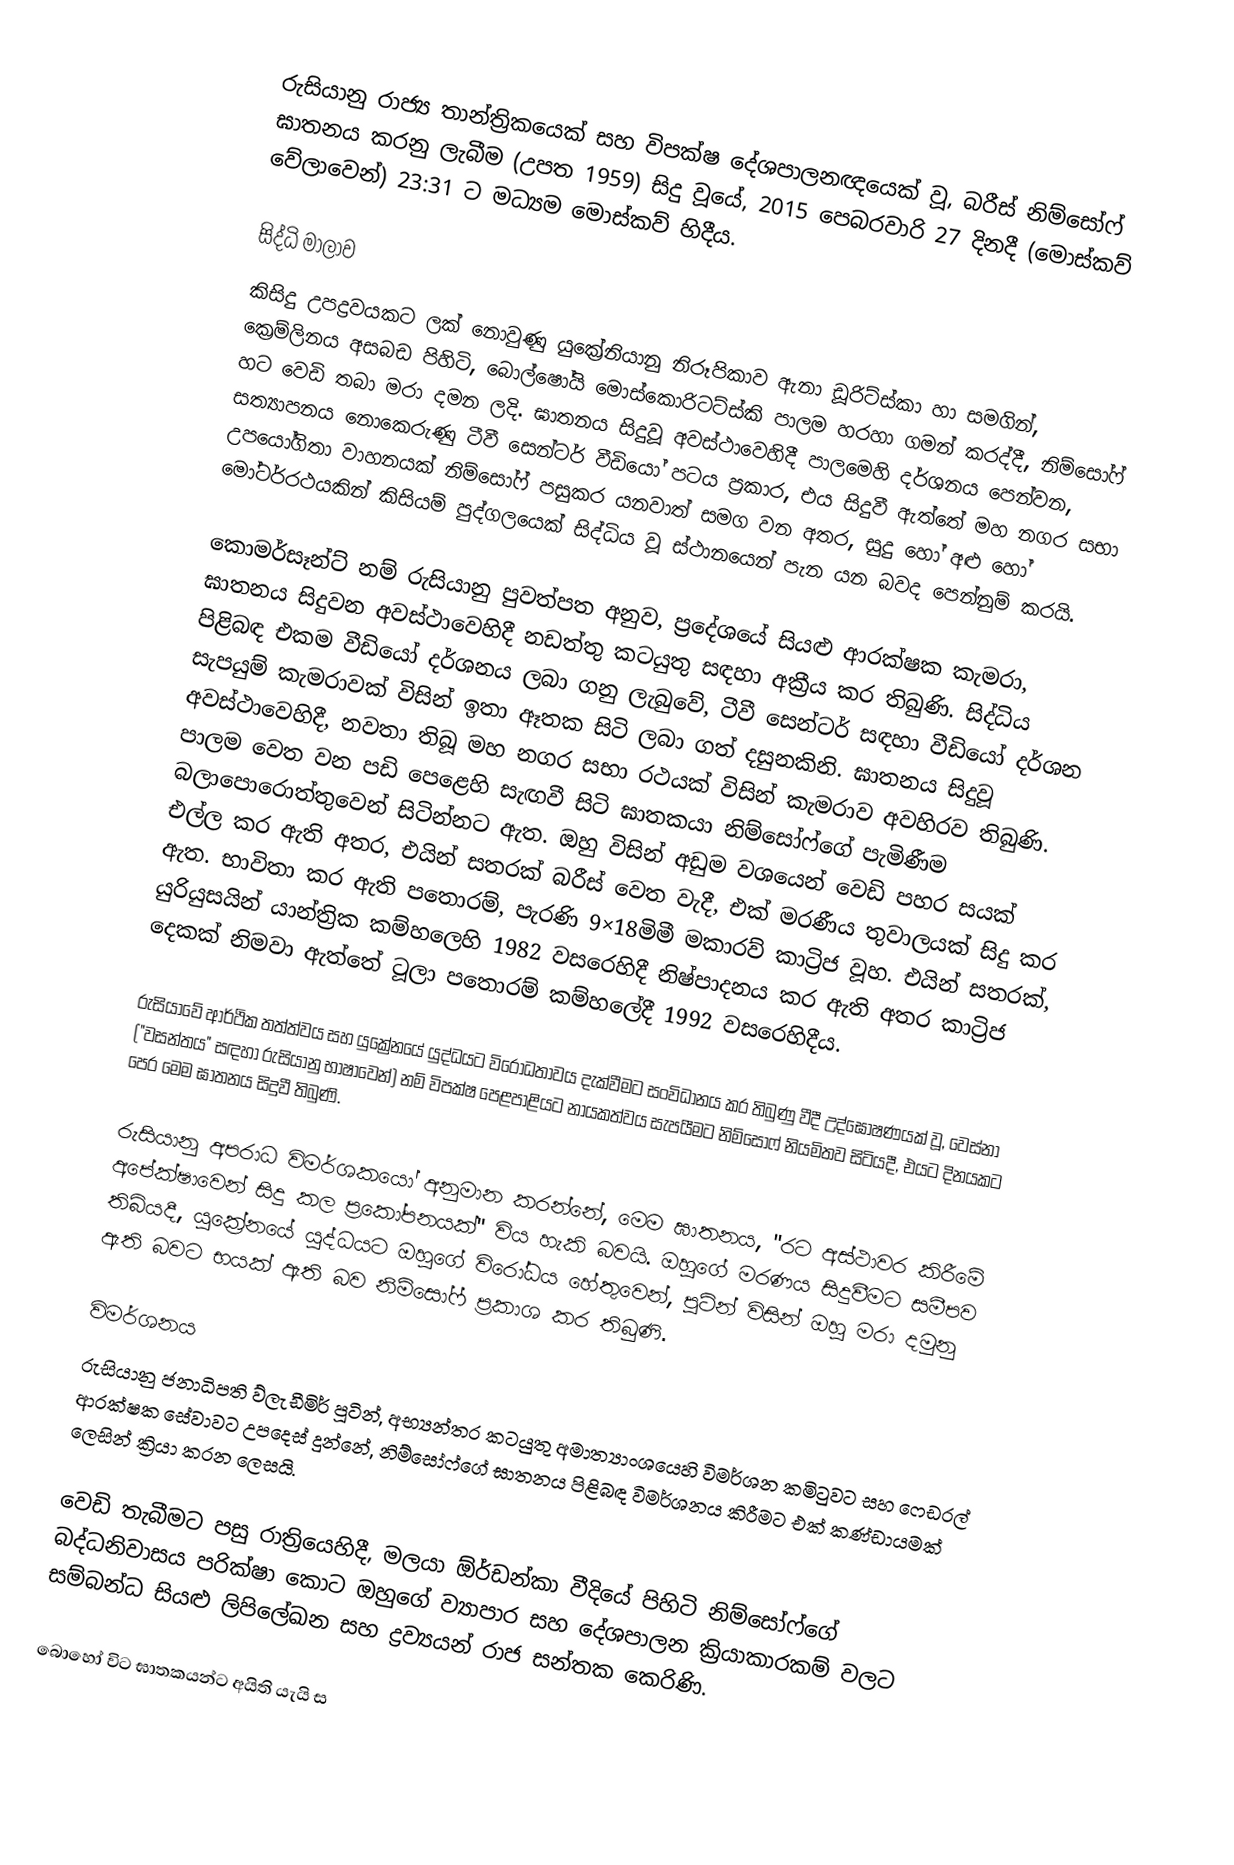
රුසියානු රාජ්‍ය තාන්ත්‍රිකයෙක් සහ විපක්ෂ දේශපාලනඥයෙක් වූ,  බරීස් නිම්සෝෆ් ඝාතනය කරනු ලැබීම  (උපත 1959) සිදු වූයේ,  2015 පෙබරවාරි 27 දිනදී (මොස්කව් වේලාවෙන්) 23:31 ට මධ්‍යම මොස්කව් හිදීය.

සිද්ධි මාලාව
කිසිදු උපද්‍රවයකට ලක් නොවුණු යුක්‍රේනියානු නිරූපිකාව ඇනා ඩූරිට්ස්කා හා සමගින්,     ක්‍රෙම්ලිනය අසබඩ පිහිටි, බොල්ෂෝයි මොස්කොරිටට්ස්කි පාලම හරහා ගමන් කරද්දී, නිම්සෝෆ්  හට වෙඩි තබා මරා දමන ලදි.  ඝාතනය සිදුවූ අවස්ථාවෙහිදී පාලමෙහි දර්ශනය පෙන්වන, සත්‍යාපනය නොකෙරුණු ටීවී සෙන්ටර් වීඩියෝ පටය ප්‍රකාර, එය සිදුවී ඇත්තේ මහ නගර සභා උපයෝගිතා වාහනයක්   නිම්සෝෆ්  පසුකර යනවාත් සමග වන අතර, සුදු හෝ අළු හෝ මෝටර්රථයකින් කිසියම් පුද්ගලයෙක් සිද්ධිය වූ ස්ථානයෙන් පැන යන බවද පෙන්නුම් කරයි.

කොමර්සෑන්ට් නම් රුසියානු පුවත්පත අනුව, ප්‍රදේශයේ සියළු ආරක්ෂක කැමරා, ඝාතනය සිදුවන අවස්ථාවෙහිදී නඩත්තු කටයුතු සඳහා අක්‍රීය කර තිබුණි.  සිද්ධිය පිළිබඳ එකම වීඩියෝ දර්ශනය ලබා ගනු ලැබුවේ, ටීවී සෙන්ටර් සඳහා වීඩියෝ දර්ශන සැපයුම් කැමරාවක් විසින් ඉතා ඈතක සිටි ලබා ගත් දසුනකිනි. ඝාතනය සිදුවූ අවස්ථාවෙහිදී, නවතා තිබූ මහ නගර සභා රථයක් විසින් කැමරාව අවහිරව තිබුණි.  පාලම  වෙත වන පඩි පෙළෙහි සැඟවී සිටි ඝාතකයා නිම්සෝෆ්ගේ පැමිණීම බලාපොරොත්තුවෙන් සිටින්නට ඇත. ඔහු විසින් අඩුම වශයෙන් වෙඩි පහර සයක් එල්ල කර ඇති අතර, එයින් සතරක් බරීස් වෙත වැදී, එක් මරණීය තුවාලයක් සිදු කර ඇත. භාවිතා කර ඇති පතොරම්, පැරණි 9×18මිමී මකාරව් කාට්‍රිජ වූහ. එයින් සතරක්,  යුරියුසයින් යාන්ත්‍රික කම්හලෙහි 1982 වසරෙහිදී  නිෂ්පාදනය කර ඇති අතර කාට්‍රිජ දෙකක් නිමවා ඇත්තේ  ටූලා පතොරම් කම්හලේදී  1992 වසරෙහිදීය.

රුසියාවේ ආර්ථික තත්ත්වය සහ යුක්‍රේනයේ යුද්ධයට විරෝධතාවය දැක්වීමට සංවිධානය කර තිබුණු වීදී උද්ඝෝෂණයක් වූ, වෙස්නා ("වසන්තය" සඳහා  රුසියානු භාෂාවෙන්) නම් විපක්ෂ පෙළපාළියට නායකත්වය සැපයීමට නිම්සෝෆ් නියමිතව සිටියදී, එයට දිනයකට පෙර මෙම ඝාතනය සිදුවී තිබුණි.

රුසියානු අපරාධ විමර්ශකයෝ අනුමාන කරන්නේ, මෙම ඝාතනය,  "රට අස්ථාවර කිරීමේ අපේක්ෂාවෙන් සිදු කල ප්‍රකෝපනයක්" විය හැකි බවයි. ඔහුගේ මරණය සිදුවීමට සමීපව තිබියදී, යුක්‍රේනයේ යුද්ධයට ඔහුගේ විරෝධය හේතුවෙන්, පූටින් විසින් ඔහු මරා දමුනු ඇති බවට භයක් ඇති බව නිම්සෝෆ් ප්‍රකාශ කර තිබුණි.

විමර්ශනය
රුසියානු ජනාධිපති ව්ලැඩීමිර් පූටින්,  අභ්‍යන්තර කටයුතු අමාත්‍යාංශයෙහි විමර්ශන කමිටුවට සහ ෆෙඩරල් ආරක්ෂක සේවාවට උපදෙස් දුන්නේ,   නිම්සෝෆ්ගේ ඝාතනය පිළිබඳ විමර්ශනය කිරීමට එක් කණ්ඩායමක් ලෙසින් ක්‍රියා කරන ලෙසයි.

වෙඩි තැබීමට පසු රාත්‍රියෙහිදී, මලයා ඕර්ඩන්කා වීදියේ පිහිටි නිම්සෝෆ්ගේ බද්ධනිවාසය පරික්ෂා කොට ඔහුගේ ව්‍යාපාර සහ දේශපාලන ක්‍රියාකාරකම් වලට සම්බන්ධ සියළු ලිපිලේඛන සහ ද්‍රව්‍යයන් රාජ සන්තක කෙරිණි.

බොහෝ විට ඝාතකයන්ට අයිති යැයි ස